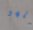
نلهو